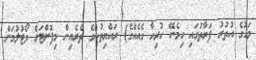
މަގުގެ އުތުރު ފަރާތުގައި ހިމެނޭ ހުރިހާ ގެއެއްގެ) ރައްޔިތުންގެ ތެރެއިން މިފޮށްޓަށް ވޯޓުލުމަށް